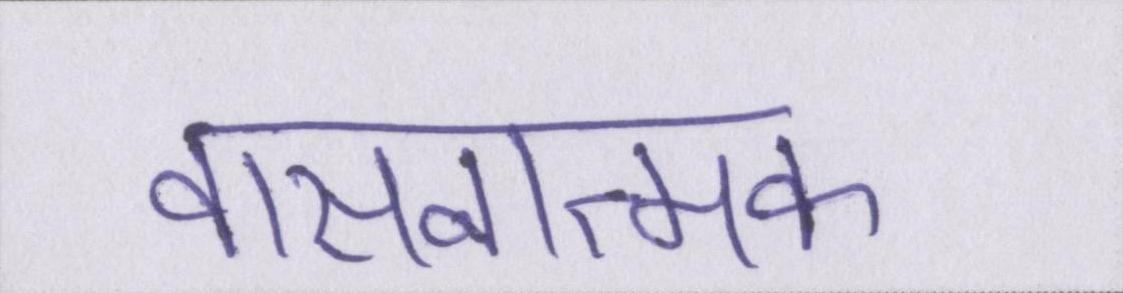
वासनात्मक